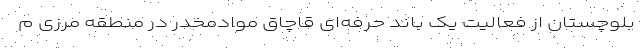
بلوچستان از فعالیت یک باند حرفه‌ای قاچاق موادمخدر در منطقه مرزی م